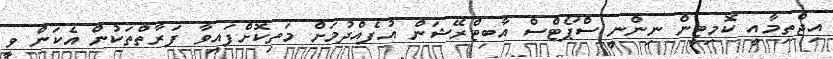
އިޖްތިމާއީ ކޮމިޓީން ނިންނީ ސްޕޯޓްސް އާބިޓްރޭޝަން އުފެއްދުމަށް މަތިކޮށްފައިވާ ފަރާތްތަކުން އެކަން ވީ